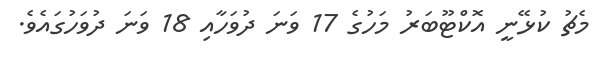
މެޗު ކުޅޭނީ އޮކްޓޫބަރު މަހުގެ 17 ވަނަ ދުވަހާއި 18 ވަނަ ދުވަހުގައެވެ.